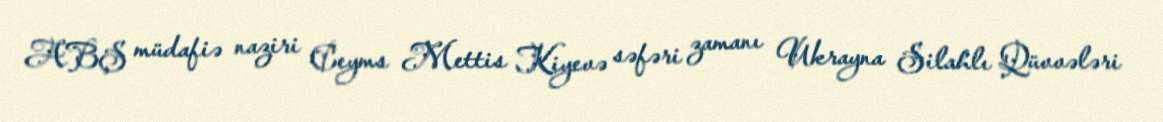
ABŞ müdafiə naziri Ceyms Mettis Kiyevə səfəri zamanı Ukrayna Silahlı Qüvvələri